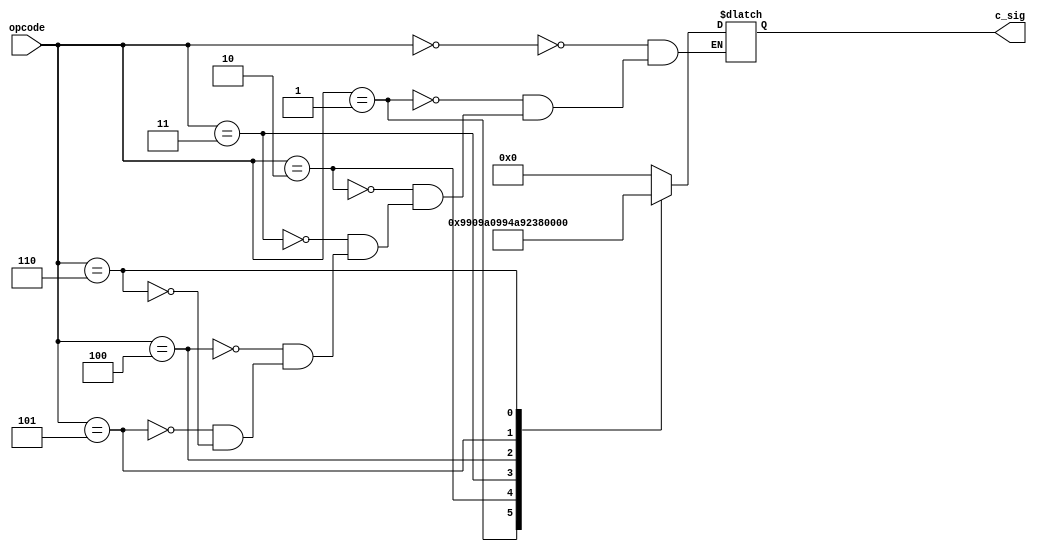
`timescale 1ns / 1ps

module control_unit(opcode,c_sig);
input [5:0] opcode;
output reg [11:0]c_sig;

// {mux_im_rb,[2:0] rb,mux_rb_alu,[2:0] alu_control,branch,wirte,load,jump}
always @(opcode) begin
       case(opcode)
           0 : c_sig = 12'b0_000_0_000_0_0_0_0; //add(r-type)
           1 : c_sig = 12'b1_001_1_001_0_0_0_0; // addi
           2 : c_sig = 12'b1_001_1_010_0_0_0_0; // muli
           3 : c_sig = 12'b1_001_1_001_0_1_0_0; //lw
           4 : c_sig = 12'b1_010_1_001_0_0_1_0; //st
           5 : c_sig = 12'b0_011_0_100_0_0_0_1; //jump
           6 : c_sig = 12'b1_010_0_011_1_0_0_0; //branch
       endcase
end
endmodule